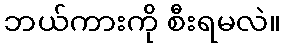
ဘယ်ကားကို စီးရမလဲ။